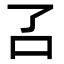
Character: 叾